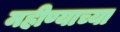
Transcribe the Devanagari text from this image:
महीण्याच्या